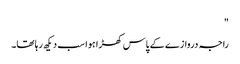
"
راجہ دروازے کے پاس کھڑا ہوا سب دیکھ رہا تھا۔